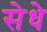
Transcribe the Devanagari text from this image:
सेधे